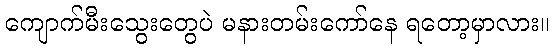
ကျောက်မီးသွေးတွေပဲ မနားတမ်းကော်နေ ရတော့မှာလား။